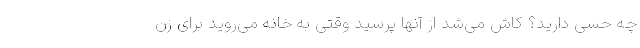
چه حسی دارید؟ کاش می‌شد از آنها پرسید وقتی به خانه می‌روید برای زن